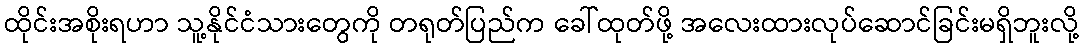
ထိုင်းအစိုးရဟာ သူ့နိုင်ငံသားတွေကို တရုတ်ပြည်က ခေါ်ထုတ်ဖို့ အလေးထားလုပ်ဆောင်ခြင်းမရှိဘူးလို့